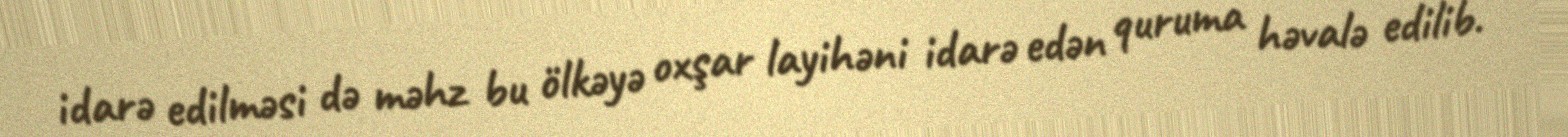
idarə edilməsi də məhz bu ölkəyə oxşar layihəni idarə edən quruma həvalə edilib.